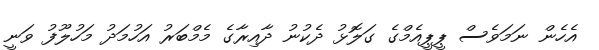
އެހެން ނަމަވެސް ޕީޕީއެމްގެ ގަލޮޅު ދެކުނު ދާއިރާގެ މެމްބަރު އަހުމަދު މަހުލޫފު ވަނީ